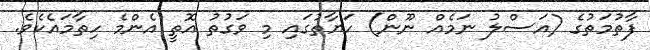
ފާތުމަތުގެ (އަސްލު ނަމެއް ނޫން) ހަޔާތުގައި މި ވަގުތު އޮތީ އެންމެ ހިތާމައެކެވެ.